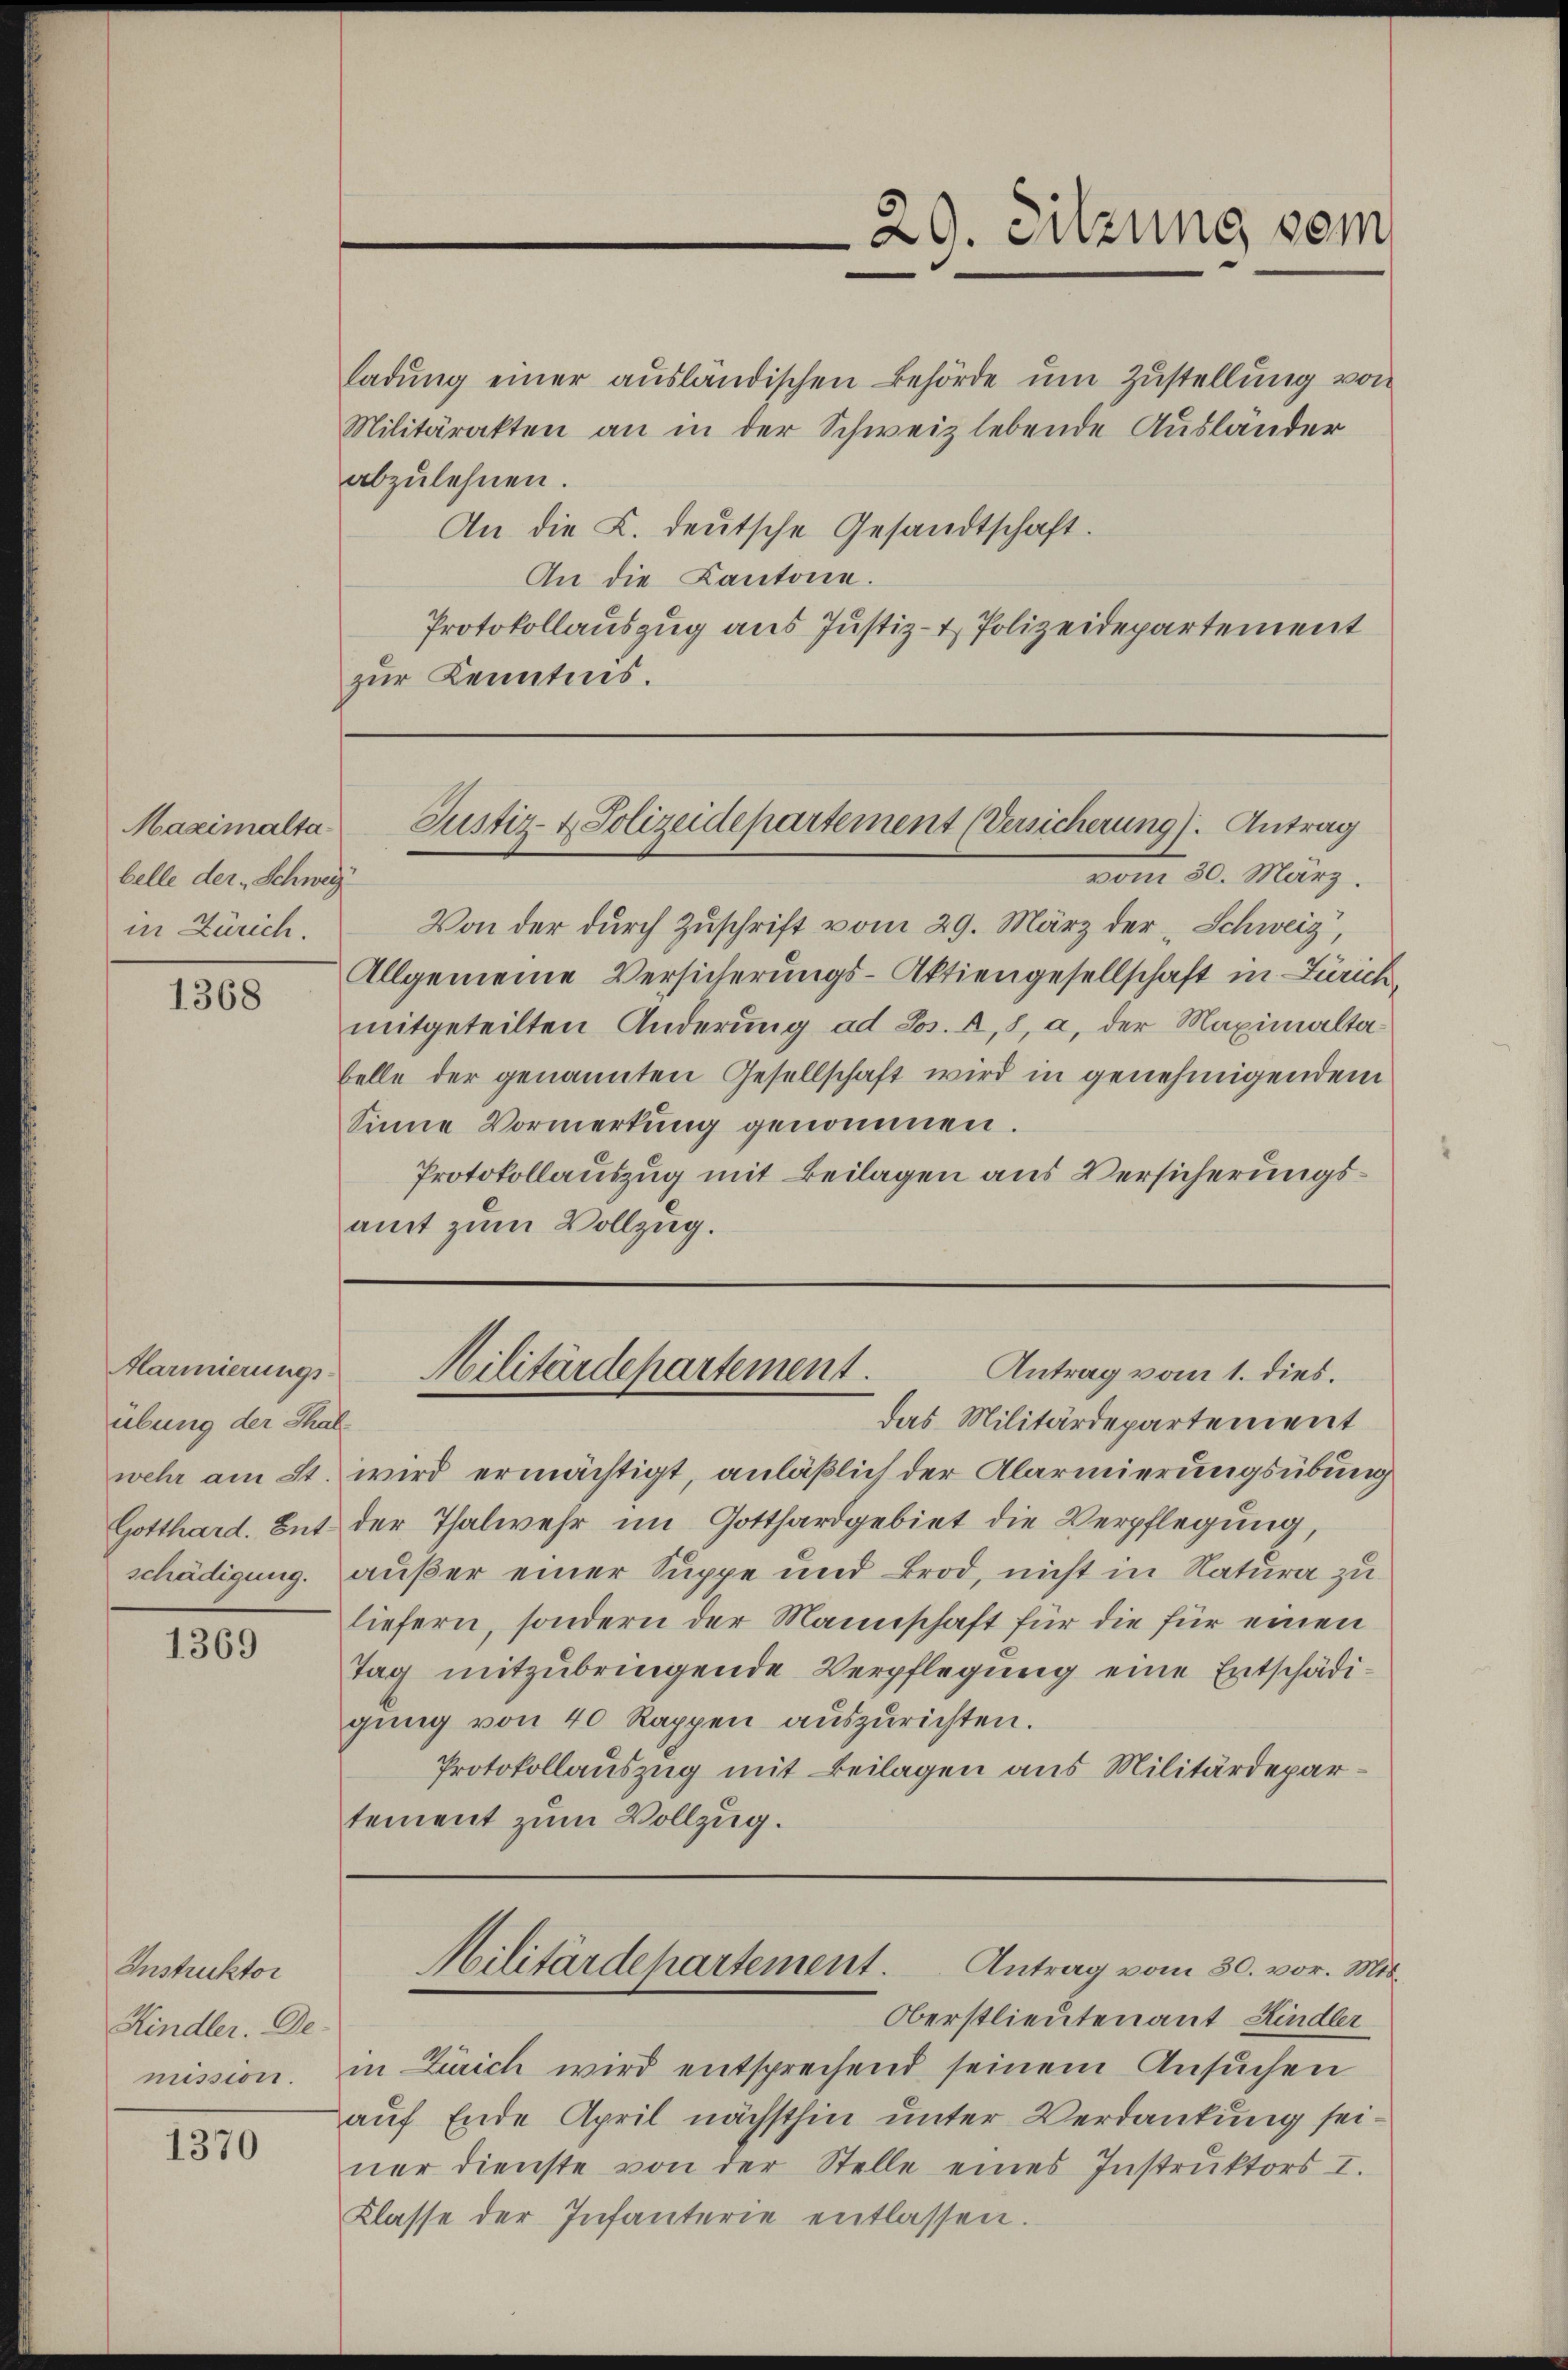
Maximaltabelle der Schweiz.
in Zürich.

1368

Marmierungs-
übung der Thal¬

1369

Instruktor
Kindler. De
mission.

1370

ladŭng einer ausländischen Behörde um Zustellung von
Militärakten an in der Schweiz lebende Ausländer
abzulehnen.
An die L. deutsche Gesandtschaft.
An die Cantone.
Protokollauszug aus Justiz- & Polizeidepartement
zur Kenntnis.

29. Sitzung sein

Justiz- & Polizeidepartement (Versicherung). Antrag

Antrag vom 1. dies.
Militärdepartement.
Das Militärdepartement

Militärdepartement. Antrag vom 30. vor. Mit

vom 20. März.
Von der durch Zuschrift vom 29. März der Schweiz,
Allgemeine Versicherungs-Aktiengesellschaft in Zürich,
mitgeteilten Anderung ad Jos. A, 8, a, der Maximaltabelle der genannten Gesellschaft wird in genehmigendem
Sinne Vormerkung genommen.
Protokollauszug mit Beilagen aus Versicherungsamt zum Vollzug.

wehr am St. wird ermächtigt, anläßlich der Alarmierungsübung
Gotthard. But der Thalwehr im Gotthardgebiet die Verpflegung,
schädigung. außer einer Suppe und Brod, nicht in Natura zu
liefern, sondern der Mannschaft für die für einen
tag mitzubringende Verpflegung eine Entschädigŭng von 40 Rappen auszurichten.
Protokollauszug mit Beilagen aus Militärdepartement zum Vollzug.

Oberstlieutenant Kindler
in Zürich wird entsprechend seinem Ansuchen
auf Ende April nächsthin unter Verdankung seiner dienste von der Stelle eines Instrŭktors I.
Klasse der Infanterie entlassen.